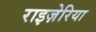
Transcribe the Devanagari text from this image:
राइज़ेरिया